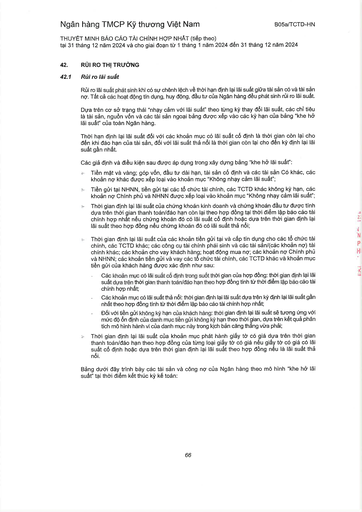
||| |---|---| ||Rủi ro lãi suất| ||Rủi ro lãi suất phát sinh khi có sự chênh lệch về thời hạn định lại lãi suất giữa tài sản có và tài sản nợ. Tất cả các hoạt động tín dụng, huy động, đầu tư của Ngân hàng đều phát sinh rủi ro lãi suất.| ||Dựa trên cơ sở trạng thái "nhạy cảm với lãi suất" theo từng kỳ thay đổi lãi suất, các chỉ tiêu là tài sản, nguồn vốn và các tài sản ngoài bảng được xếp vào các kỳ hạn của bảng "khe hở lãi suất" của toàn Ngân hàng.| ||Thời hạn định lại lãi suất đối với các khoản mục có lãi suất cố định là thời gian còn lại cho đến khi đáo hạn của tài sản, đối với lãi suất thả nổi là thời gian còn lại cho đến kỳ định lại lãi suất gần nhất.| ||Các giả định và điều kiện sau được áp dụng trong xây dựng bảng "khe hở lãi suất":| ||Tiền mặt và vàng; góp vốn, đầu tư dài hạn, tài sản cố định và các tài sản có khác, các khoản nợ khác được xếp loại vào khoản mục "Không nhạy cảm lãi suất";| ||Tiền gửi tại NHNN, tiền gửi tại các tổ chức tài chính, các TCTD khác không kỳ hạn, các khoản nợ Chính phủ và NHNN được xếp loại vào khoản mục "Không nhạy cảm lãi suất";| ||Thời gian định lại lãi suất của chứng khoán kinh doanh và chứng khoán đầu tư được tính dựa trên thời gian thanh toán/đáo hạn còn lại theo hợp đồng tại thời điểm lập báo cáo tài chính hợp nhất nếu chứng khoán đó có lãi suất cố định hoặc dựa trên thời gian định lại lãi suất theo hợp đồng nếu chứng khoán đó có lãi suất thả nổi;| ||Thời gian định lại lãi suất của các khoản tiền gửi tại và cấp tín dụng cho các tổ chức tài chính, các TCTD khác; các công cụ tài chính phái sinh và các tài sản/(các khoản nợ) tài chính khác; các khoản cho vay khách hàng; hoạt động mua nợ; các khoản nợ Chính phủ và NHNN; các khoản tiền gửi và vay các tổ chức tài chính, các TCTD khác và khoản mục tiền gửi của khách hàng được xác định như sau:| ||Các khoản mục có lãi suất cố định trong suốt thời gian của hợp đồng: thời gian định lại lãi suất dựa trên thời gian thanh toán/đáo hạn theo hợp đồng tính từ thời điểm lập báo cáo tài chính hợp nhất;| ||Các khoản mục có lãi suất thả nổi: thời gian định lại lãi suất dựa trên kỳ định lại lãi suất gần nhất theo hợp đồng tính từ thời điểm lập báo cáo tài chính hợp nhất;| ||Đối với tiền gửi không kỳ hạn của khách hàng: thời gian định lại lãi suất sẽ tương ứng với mức độ ổn định của danh mục tiền gửi không kỳ hạn theo thời gian, dựa trên kết quả phân tích mô hình hành vi của danh mục này trong kịch bản căng thẳng vĩ mô;| ||Thời gian định lại lãi suất của khoản mục phát hành giấy tờ có giá dựa trên thời gian thanh toán/đáo hạn theo hợp đồng của từng loại giấy tờ có giá nếu giấy tờ có giá có lãi suất cố định hoặc dựa trên thời gian định lại lãi suất theo hợp đồng nếu là lãi suất thả nổi.|